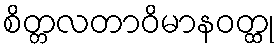
စိတ္တလတာဝိမာနဝတ္ထု